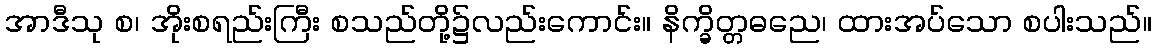
အာဒီသု စ၊ အိုးစရည်းကြီး စသည်တို့၌လည်းကောင်း။ နိက္ခိတ္တဓညေ၊ ထားအပ်သော စပါးသည်။